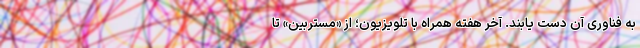
به فناوری آن دست یابند. آخر هفته همراه با تلویزیون؛ از «مستربین» تا